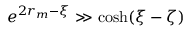
e ^ { 2 r _ { m } - \xi } \gg \cosh ( \xi - \zeta )